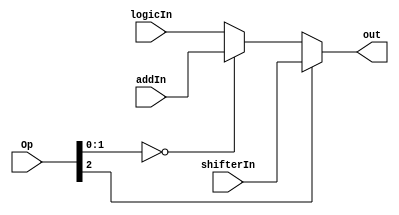
module alu_output(shifterIn, addIn, logicIn, Op, out);

input [15:0] shifterIn;
input [15:0] addIn;
input [15:0] logicIn;
input [2:0] Op;
output [15:0] out;

//if MSB of Op is 1, pass shifterIn, else look at 2 LSB's and pass andIn if both are zero
assign out = Op[2] ? shifterIn : Op[1:0] == 2'b00 ? addIn : logicIn;
						
endmodule